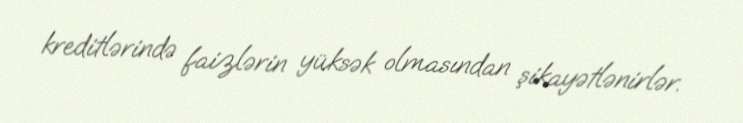
kreditlərində faizlərin yüksək olmasından şikayətlənirlər.